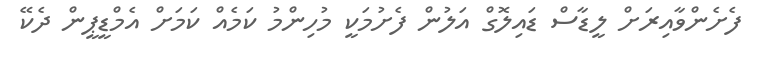
ފެށެންވާއިރަށް ލީޑާސް ޑައިލޮގް އަލުން ފެށުމަކީ މުހިންމު ކަމެއް ކަމަށް އެމްޑީޕީން ދެކޭ